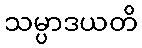
သမ္ပာဒယတိ